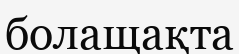
болащақта